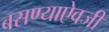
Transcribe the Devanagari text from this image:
बसण्याऐवजी